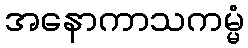
အနောကာသကမ္မံ